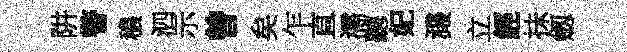
阱警穠泗示曾矣乍直濡聽妃濺立經抺劔